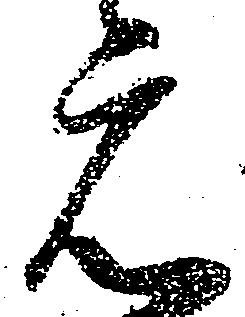
元